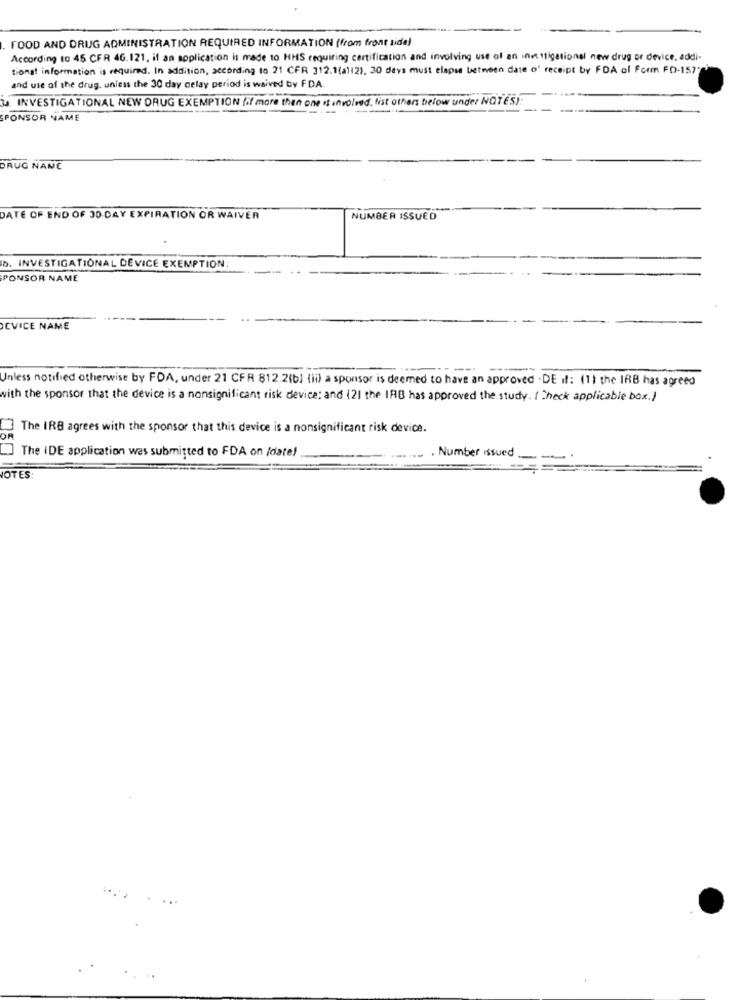
FOOD AND DRUG ADMINISTRATION REQUIRED INFORMATION (from front side)
According to 45 CFR 46.121, if an application is made 10 HHS requiring certification and involving use of an inetttigational new drug or device, addi.
tions! information is required. In addition, according to 21 CFR 312.1(a)(21. 30 days must elapse between date o' receipt by FDA of Form FD-157
and use of the drug. unless the 30 day celay period is waived by FDA
3. INVESTIGATIONAL NEW DRUG EXEMPTION (if more than one is involved. list others below under NOTES!
SPONSOR NAME
DRUG NAME
DATE OF END OF 30 DAY EXPIRATION OR WAIVER
NUMBER ISSUED
b. INVESTIGATIONAL DEVICE EXEMPTION
SPONSOR NAME
CVICE NAME
--
Unless notified otherwise by FDA, under 21 CFR 812.2(bl (ii) a sponsor is deemed to have an approved . DE if: (1) the IRB has agreed
with the sponsor that the device is a nonsignificant risk device; and [2] the IRB has approved the study. ( Check applicable box.)
The IRB agrees with the sponsor that this device is a nonsignificant risk device.
The IDE application was submitted to FDA on /date!
. Number issued .
OTES: